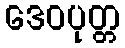
ဒေဝပုတ္တ